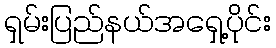
ရှမ်းပြည်နယ်အရှေ့ပိုင်း